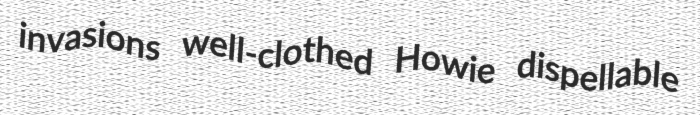
invasions well-clothed Howie dispellable